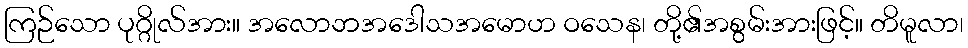
ကြဉ်သော ပုဂ္ဂိုလ်အား။ အလောဘအဒေါသအမောဟ ဝသေန၊ တို့၏အစွမ်းအားဖြင့်။ တိမူလာ၊